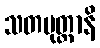
သတပုတ္တာနိ